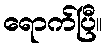
ရောက်ပြီ။